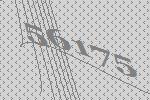
56175